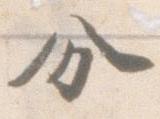
分